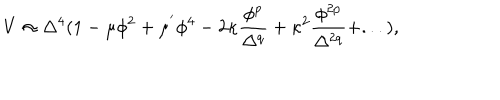
LaTeX: V \approx \Delta ^ { 4 } ( 1 - \mu \phi ^ { 2 } + \mu ^ { ' } \phi ^ { 4 } - 2 \kappa \frac { \phi ^ { p } } { \Delta ^ { q } } + \kappa ^ { 2 } \frac { \phi ^ { 2 p } } { \Delta ^ { 2 q } } + . . . ) ,